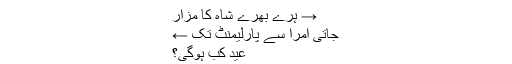
→ ہرے بھرے شاہ کا مزار
جاتی امرا سے پارلیمنٹ تک ←
عید کب ہوگی؟